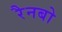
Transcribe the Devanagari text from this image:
रैनबो